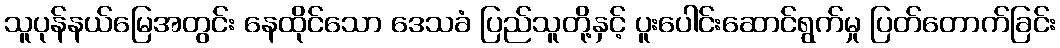
သူပုန်နယ်မြေအတွင်း နေထိုင်သော ဒေသခံ ပြည်သူတို့နှင့် ပူးပေါင်းဆောင်ရွက်မှု ပြတ်တောက်ခြင်း